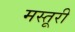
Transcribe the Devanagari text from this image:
मस्तूरी